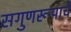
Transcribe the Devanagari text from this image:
सगुणरूपाचे